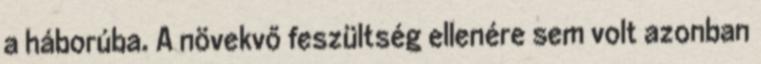
a háborúba. A növekvő feszültség ellenére sem volt azonban